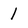
Character: 1